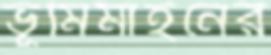
ভূমিমাইনের